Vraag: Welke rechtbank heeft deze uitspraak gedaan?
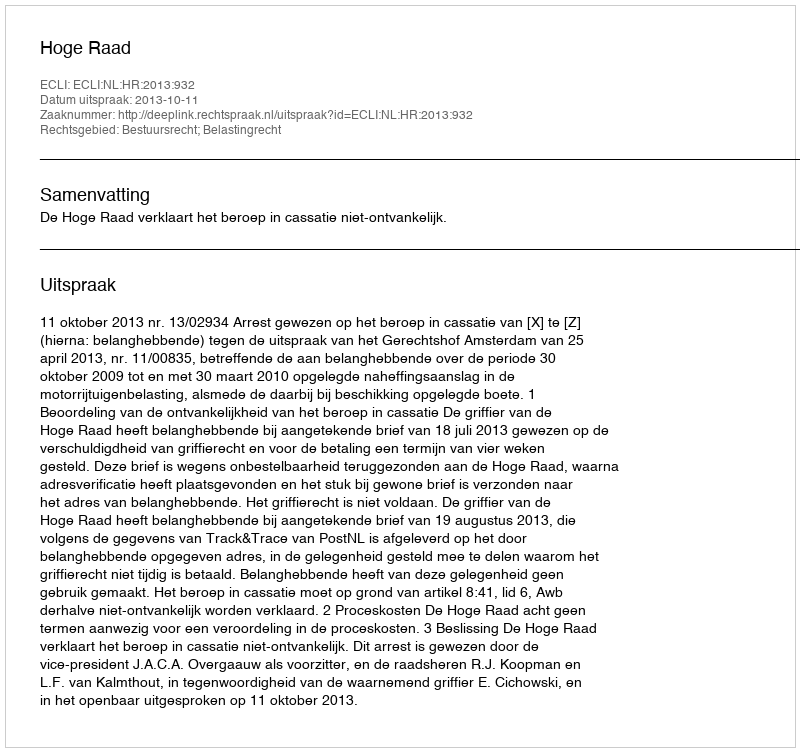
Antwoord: Hoge Raad